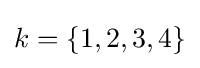
k=\{1,2,3,4\}